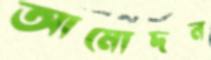
আমোদন